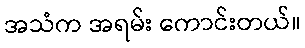
အသံက အရမ်း ကောင်းတယ်။